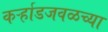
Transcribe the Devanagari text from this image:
कर्ऱ्हाडजवळच्या